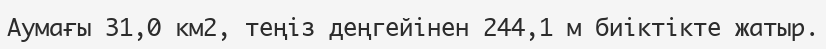
Аумағы 31,0 км2, теңіз деңгейінен 244,1 м биіктікте жатыр.